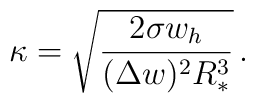
\kappa = \sqrt{\frac{2 \sigma w_h}{(\Delta w)^2 R_*^3}} \, .